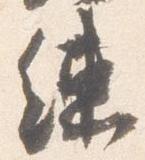
練